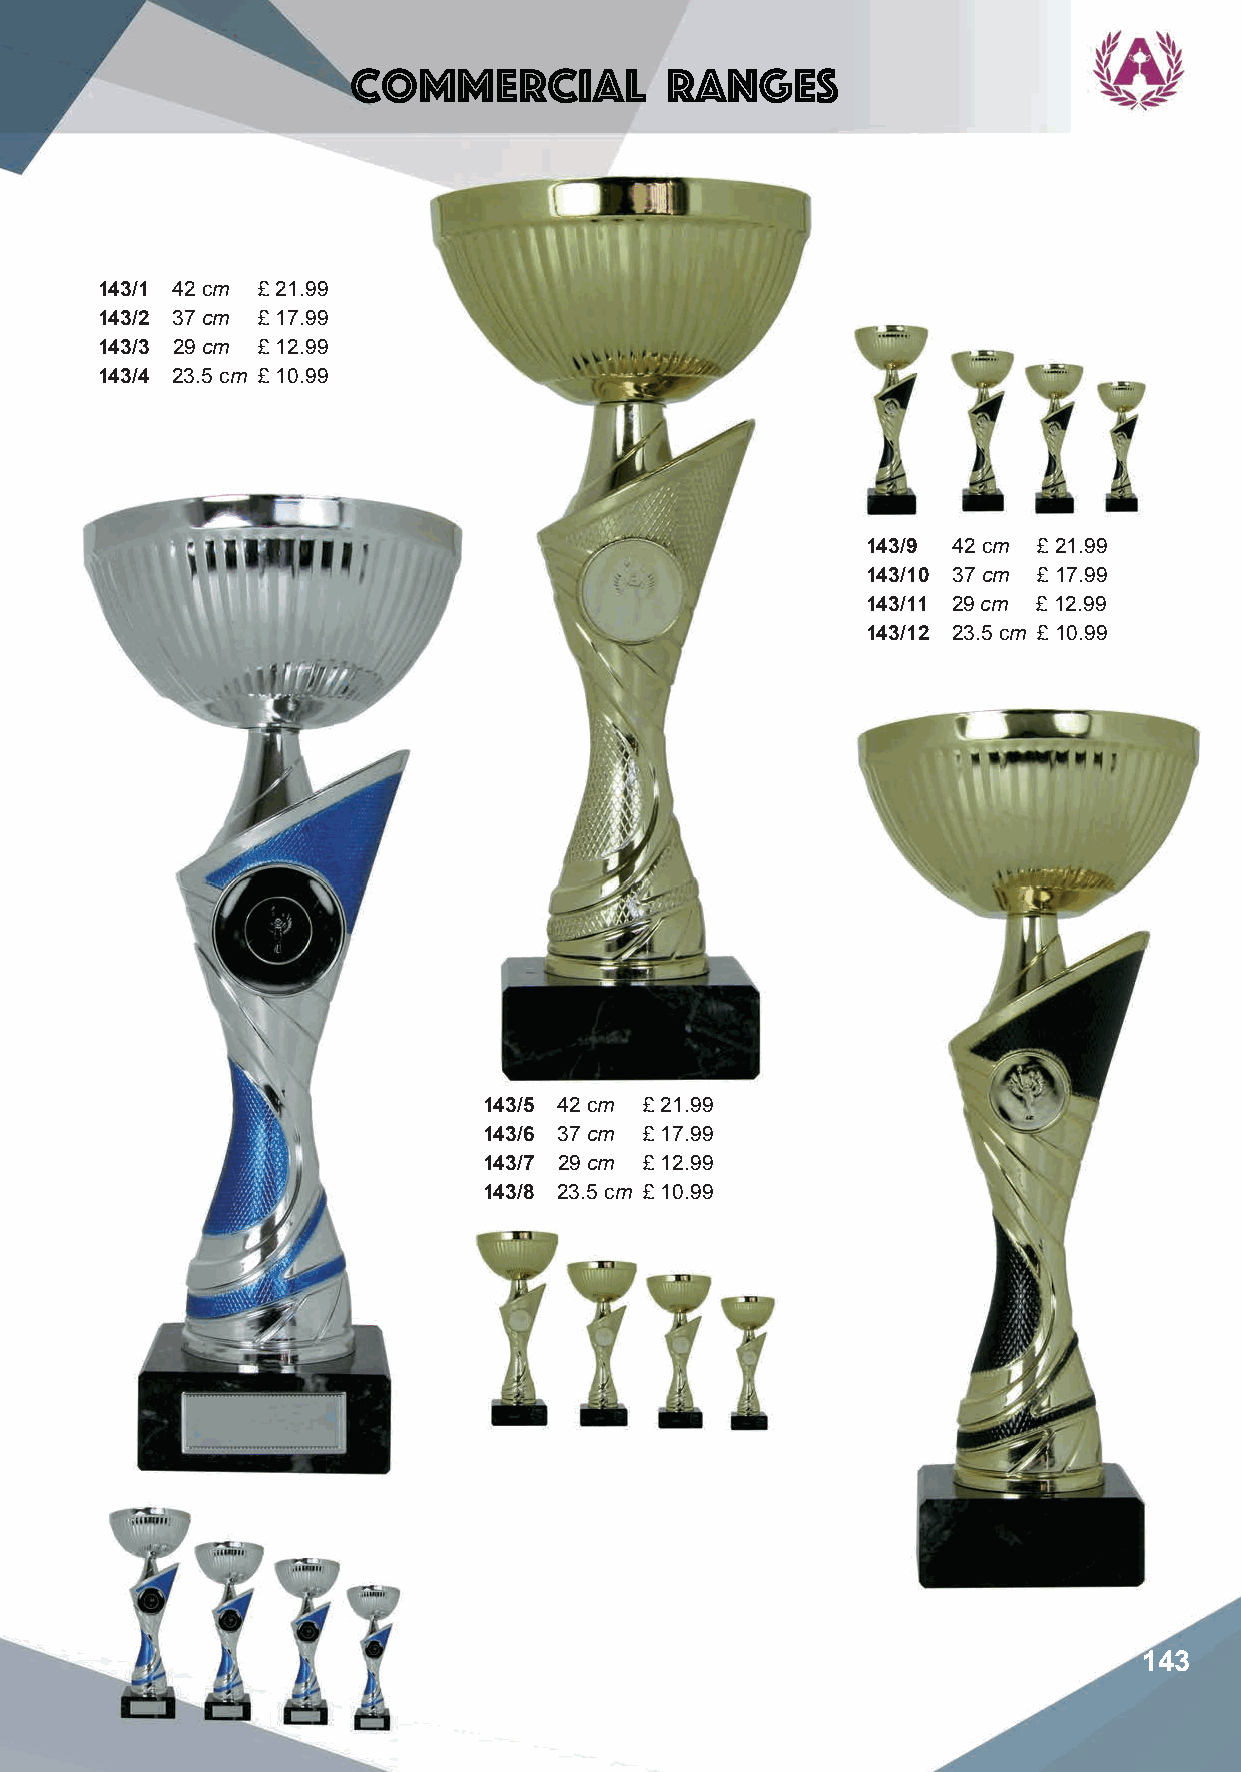
Commercial           Ranges
 143/1 42 cm £ 21.99
 143/2 37 cm £ 17.99
 143/3 29 cm £ 12.99
 143/4 23.5 cm £ 10.99
 143/9 42 cm £ 21.99
 143/10 37 cm £ 17.99
 143/11 29 cm £ 12.99
 143/12 23.5 cm £ 10.99
 143/5 42 cm £ 21.99
 143/6 37 cm £ 17.99
 143/7 29 cm £ 12.99
 143/8 23.5 cm £ 10.99
 143